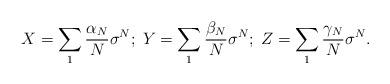
LaTeX: \begin{align*}X=\sum_1\frac{\alpha_N}{N}\sigma^N;\;Y=\sum_1\frac{\beta_N}{N}\sigma^N;\;Z=\sum_1\frac{\gamma_N}{N}\sigma^N.\end{align*}